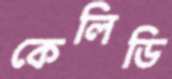
কেলিডি